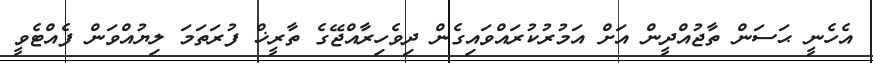
އެހެނީ ޙަސަން ތާޖުއްދީން އަށް އަމުރުކުރައްވައިގެން ދިވެހިރާއްޖޭގެ ތާރީޚް ފުރަތަމަ ލިޔުއްވަން ފެއްޓެވީ